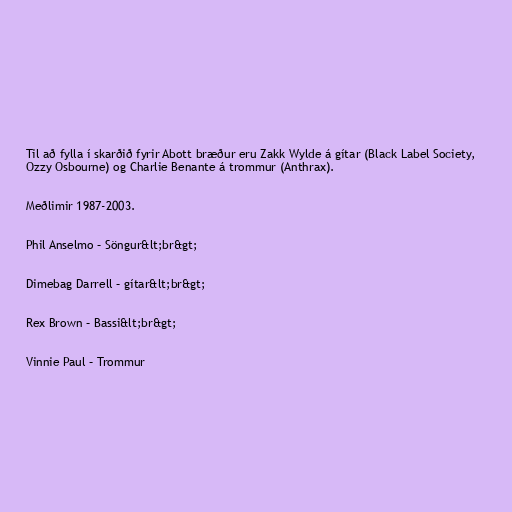
Til að fylla í skarðið fyrir Abott bræður eru Zakk Wylde á gítar (Black Label Society,
Ozzy Osbourne) og Charlie Benante á trommur (Anthrax).

Meðlimir 1987-2003.

Phil Anselmo – Söngur&lt;br&gt;

Dimebag Darrell – gítar&lt;br&gt;

Rex Brown – Bassi&lt;br&gt;

Vinnie Paul – Trommur